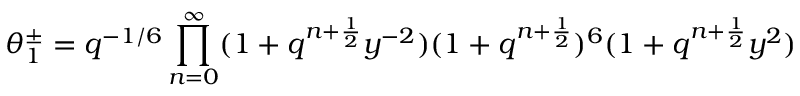
\theta _ { 1 } ^ { \pm } = q ^ { - 1 / 6 } \prod _ { n = 0 } ^ { \infty } ( 1 + q ^ { n + \frac { 1 } { 2 } } y ^ { - 2 } ) ( 1 + q ^ { n + \frac { 1 } { 2 } } ) ^ { 6 } ( 1 + q ^ { n + \frac { 1 } { 2 } } y ^ { 2 } )